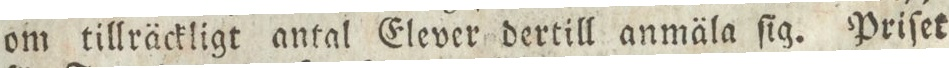
om tillräckligt antal Elever dertill anmäla ſig. Priſet